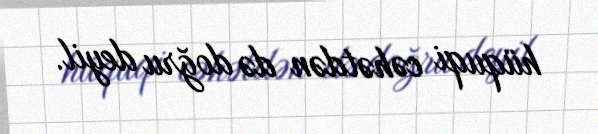
hüquqi cəhətdən də doğru deyil.